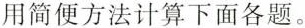
用简便方法计算下面各题。